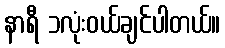
နာရီ ၁လုံးဝယ်ချင်ပါတယ်။